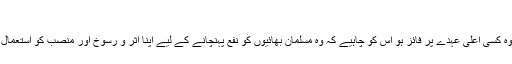
(ترمذی: 1336)
یہ اللہ تعالیٰ کا بندے پر بہت بڑا انعام ہے کہ لوگوں میں اس کا اثر و رسوخ ہو یا وہ کسی اعلیٰ عہدے پر فائز ہو اس کو چاہیے کہ وہ مسلمان بھائیوں کو نفع پہنچانے کے لیے اپنا اثر و رسوخ اور منصب کو استعمال کرے لیکن سفارش کرنے کے عوض کوئی ہدیہ یا معاوضہ قبول کرنا جائز نہیں۔